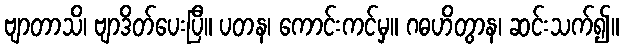
ဗျာတာသိ၊ ဗျာဒိတ်ပေးပြီ။ ပတန၊ ကောင်းကင်မှ။ ဂဓဟိတွာန၊ ဆင်းသက်၍။